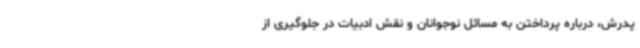
پدرش، درباره پرداختن به مسائل نوجوانان و نقش ادبیات در جلوگیری از